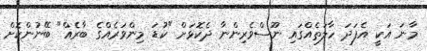
މާނަ އަކީ އެފަދަ ހާލަތެއްގައި ނޫސްވެރިންނާ ދެކޮޅަށް "ކުޑަ މިންވަރެއްގެ ބާރެއް" ބޭނުންކޮށް